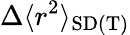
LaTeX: \Delta\langle r^{2}\rangle_{\mathrm{SD(T)}}